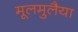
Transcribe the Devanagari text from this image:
मूलमुलैया